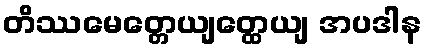
တိဿမေတ္တေယျတ္ထေယျ အပဒါန